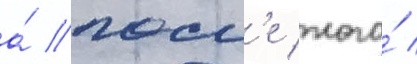
а́ посл'е того́ /